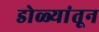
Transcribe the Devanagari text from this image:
डोळ्यांतून